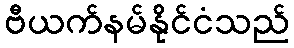
ဗီယက်နမ်နိုင်ငံသည်